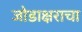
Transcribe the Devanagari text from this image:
जोडाक्षराचा